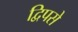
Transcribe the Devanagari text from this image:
द्विपसे